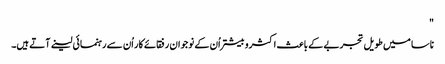
"
ناسا میں طویل تجربے کے باعث اکثروبیشتر اُن کے نوجوان رفقائے کار اُن سے رہنمائی لینے آتے ہیں۔